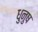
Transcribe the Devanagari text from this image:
धुनुष